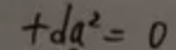
\[ + da^{2}=0 \]